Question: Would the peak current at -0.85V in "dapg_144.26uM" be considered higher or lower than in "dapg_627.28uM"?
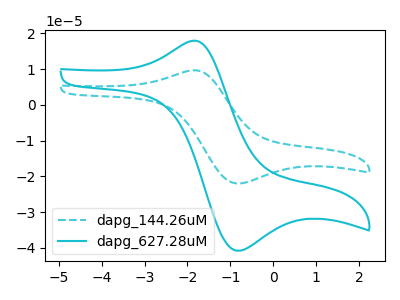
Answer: <think>The cyan dashed curve "dapg_144.26uM" has an anodic peak at (-1.90V, 9.60uA) and a cathodic peak at (-0.85V, -22.00uA). The cyan curve "dapg_627.28uM" has an anodic peak at (-1.90V, 17.85uA) and a cathodic peak at (-0.85V, -40.80uA).</think>
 <answer>The peak at -0.85V is lower in "dapg_144.26uM" than in "dapg_627.28uM".</answer>
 <eval>lower</eval>